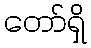
တော်ရှိ